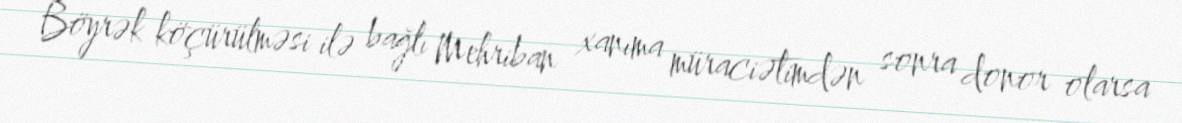
Böyrək köçürülməsi ilə bağlı Mehriban xanıma müraciətimdən sonra donor olarsa